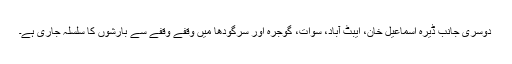
دوسری جانب ڈیرہ اسماعیل خان، ایبٹ آباد، سوات، گوجرہ اور سرگودھا میں وقفے وقفے سے بارشوں کا سلسلہ جاری ہے۔